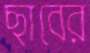
ছাবের